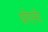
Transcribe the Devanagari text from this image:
ग्रोएनेर